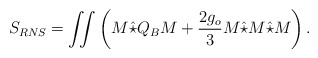
\begin{align*}S_{RNS}=\int\!\!\!\int\left(M\hat{\star}Q_BM+\frac{2g_o}{3}M\hat{\star}M\hat{\star}M\right). \end{align*}